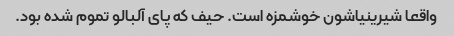
واقعا شیرینیاشون خوشمزه است. حیف که پای آلبالو تموم شده بود.